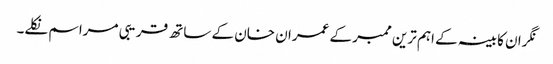
نگران کابینہ کے اہم ترین ممبر کے عمران خان کے ساتھ قریبی مراسم نکلے۔